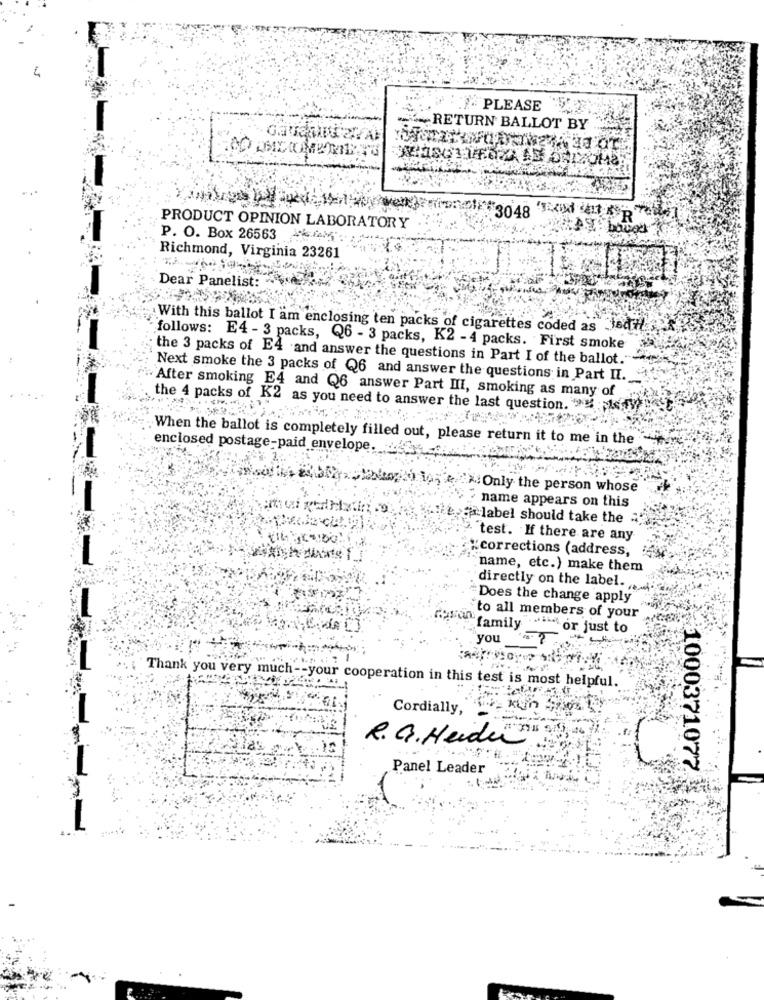
PLEASE
RETURN BALLOT BY
PRODUCT OPINION LABORATORY
P. O. Box 26563
Richmond, Virginia 23261
Dear Panelist:
With this ballot I am enclosing ten packs of cigarettes coded as 36
follows: E4 - 3 packs, Q6 - 3 packs, K2 -4 packs. First smoke
the 3 packs of E4 and answer the questions in Part I of the ballot."
Next smoke the 3 packs of Q6 and answer the questions in Part II.
After smoking E4 and Q6 answer Part III, smoking as many of
the 4 packs of K2 as you need to answer the last question. NE
When the ballot is completely filled out, please return it to me in the
enclosed postage-paid envelope.
: Only the person whose
name appears on this
# label should take the
test. If there are any
"corrections (address,
name, etc.) make them
directly on the label.
Does the change apply
to all members of your
`family
or just to
you
Thank you very much -- your cooperation in this test is most helpful.
Cordially,
kun
R. G. Heide":
Panel Leader
1000371077